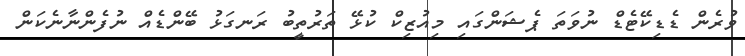
ވުރެން ޑެޑިކޭޓެޑް ނުވަތަ ޕެޝަންގައި މިއުޒިކް ކުޅޭ ތަރުތީބު ރަނގަޅު ބޭންޑެއް ނުފެންނާނެކަން